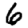
Digit: 6